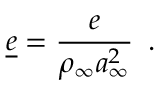
\underline { { e } } = \frac { e } { \rho _ { \infty } a _ { \infty } ^ { 2 } } \, \mathrm { ~ . ~ }